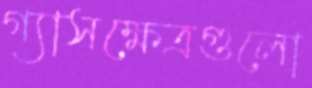
গ্যাসক্ষেত্রগুলো